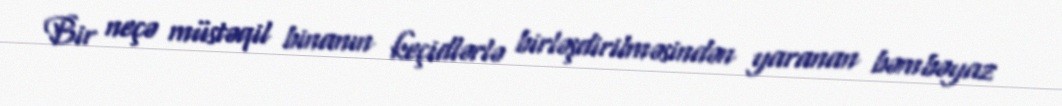
Bir neçə müstəqil binanın keçidlərlə birləşdirilməsindən yaranan bəmbəyaz